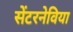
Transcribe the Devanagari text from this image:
सेंटरनेविया